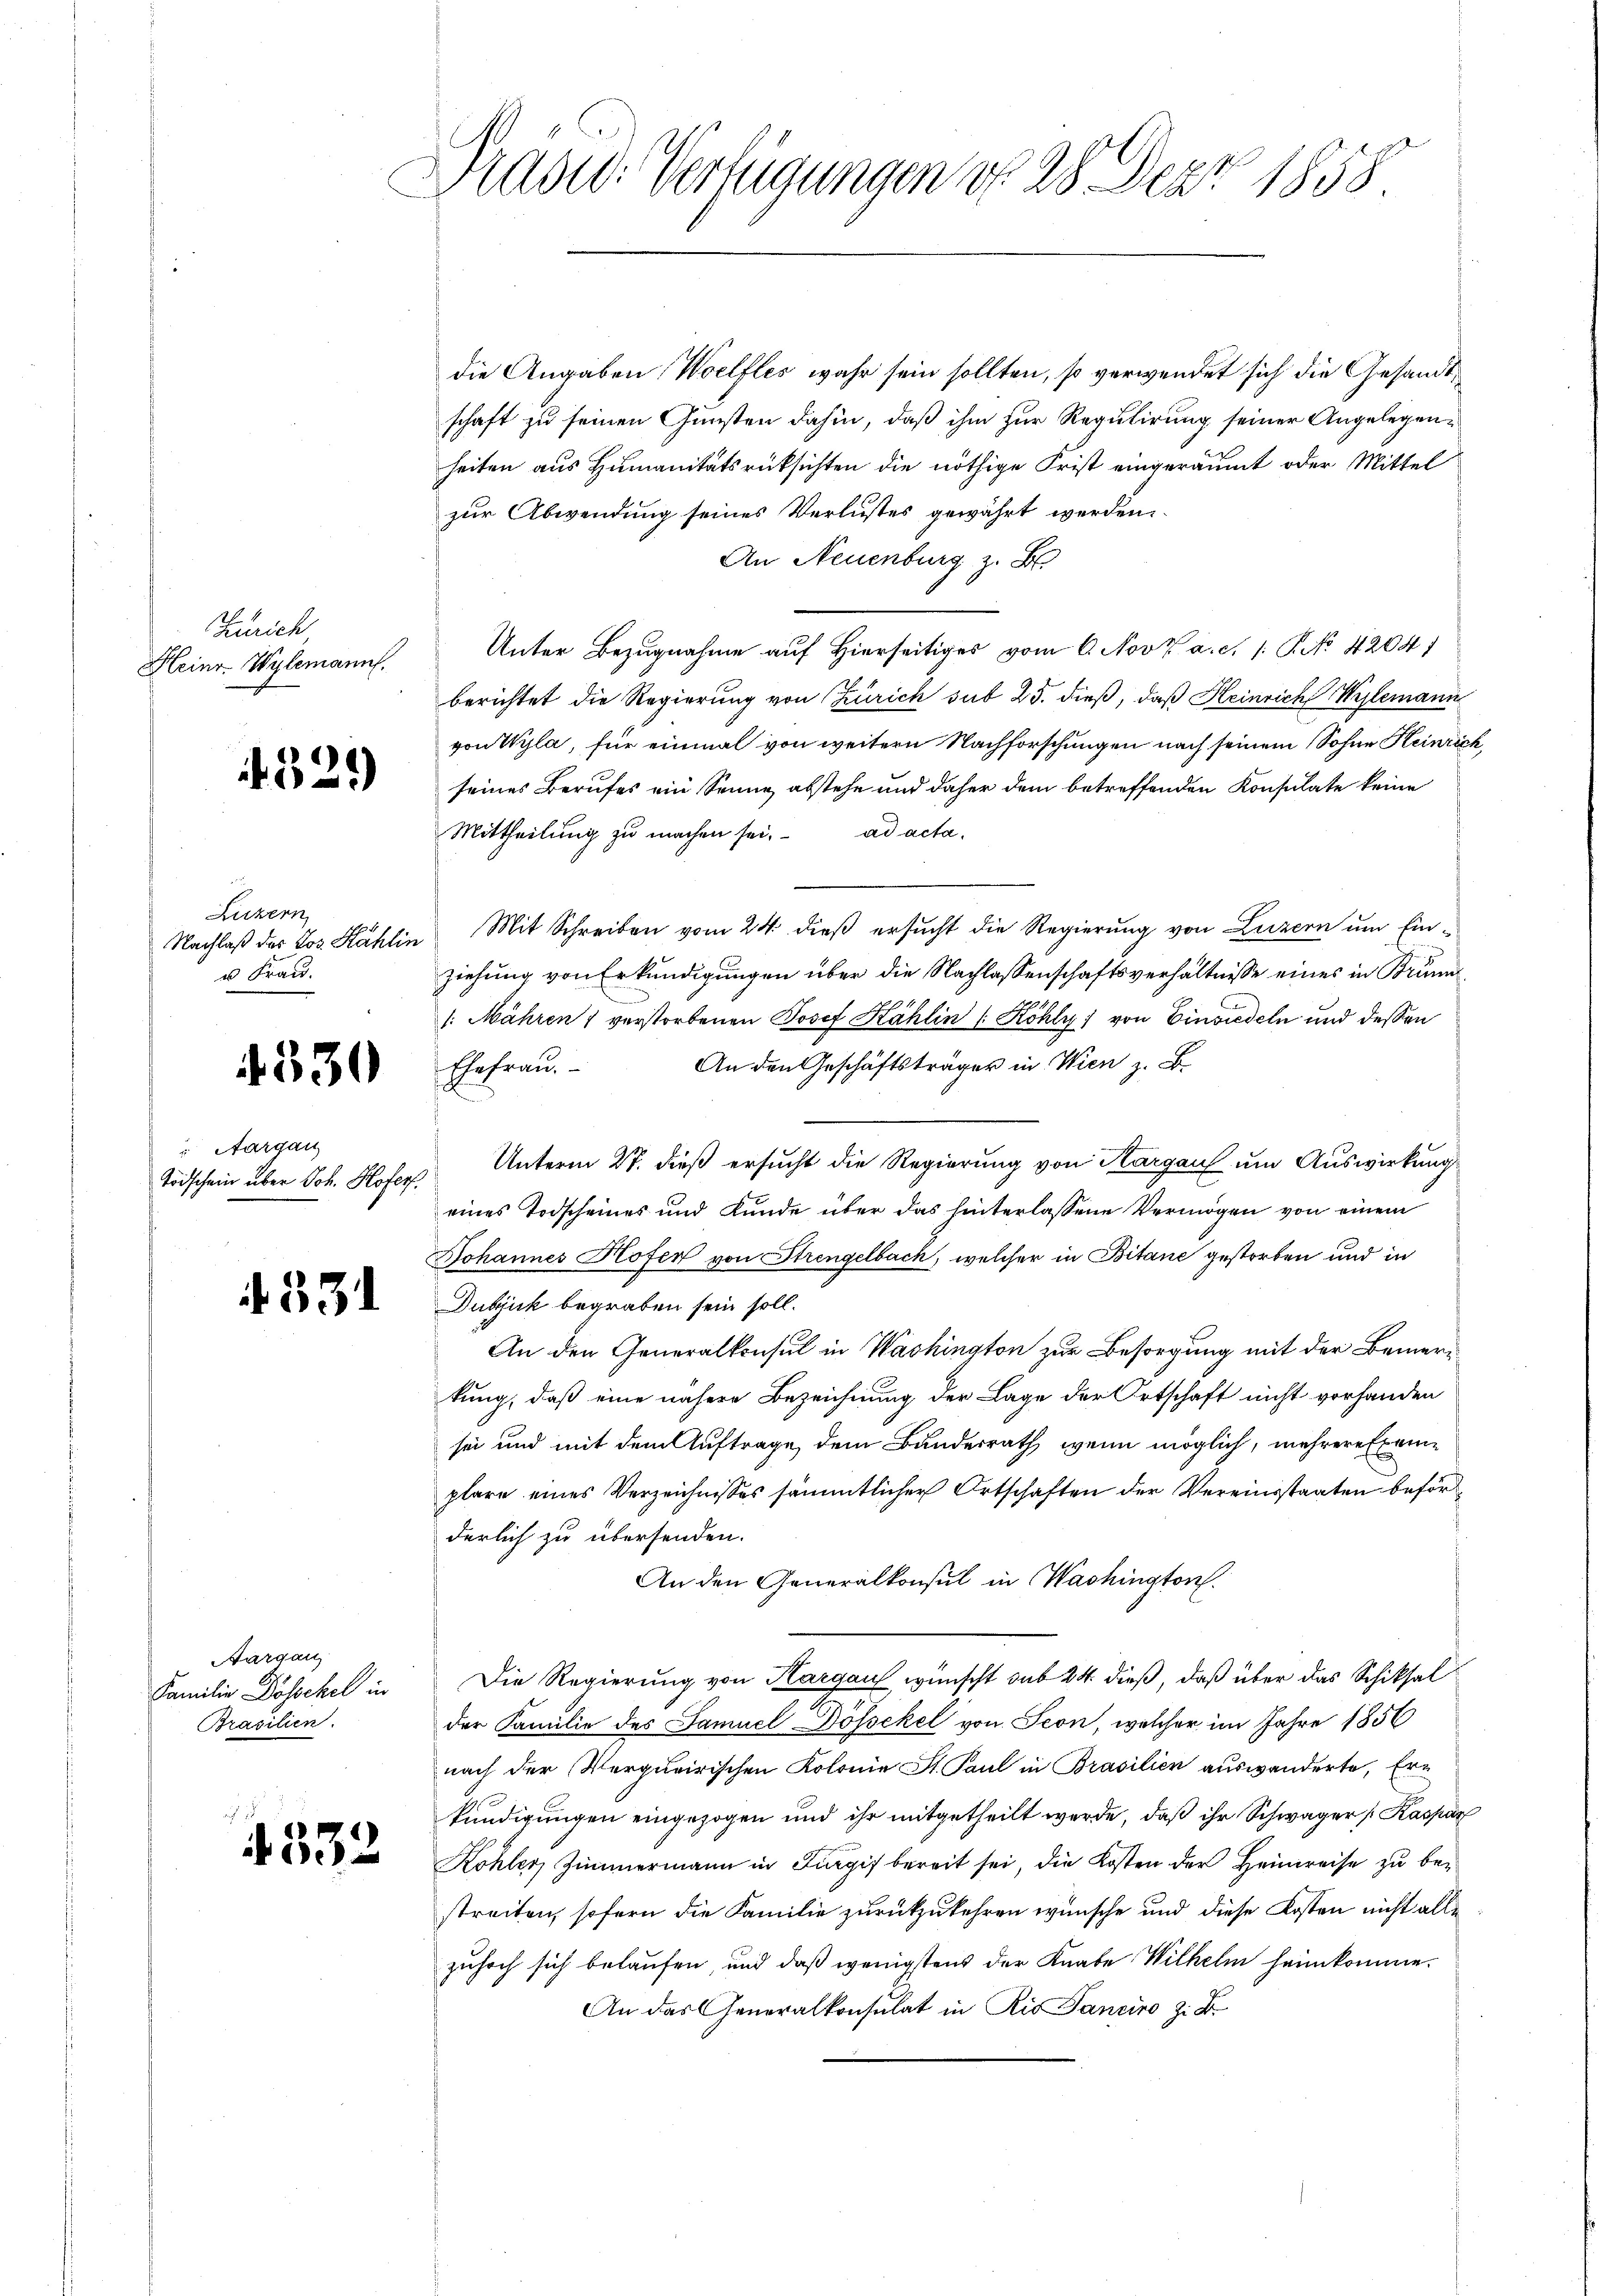
Zürich
Heinr. Wylemann.

f529)

Luvern
Nachlaß des Los. Kahlin
u Frau.

4330

Aargau
Todschein über Joh. Hofes

f. 331

Aargau
Familie Dosschel in
Brasilien.

4332

Präsid. Verfügungen vf 28 Dez. 1858

die Angaben Woelfles wahr sein sollten, so verwendet sich die Gesandtschaft zu seinen Gunsten dahin, daß ihm zur Regulirung seiner Angelegenheiten aus Humanitätsrücksichten die nöthige Frist eingeräumt oder Mittel
zur Abwendung seines Verlustes gewährt werden
An Neuenburg z. B.
Unter Bezugnahme auf Hierseitiges vom 6. Nov. a. c. 1 P. No 42041
berichtet die Regierung von Zürich sub 25. dieß, daß Heinrich Wylemann
von Wyla, für einmal von weitern Nachforschungen nach seinem Sohne Heinrich,
seines Berufes ein Senne abstehe und daher dem betreffenden Konsulate keine
Mittheilung zu machen sei. ad acta
Mit Schreiben vom 24. dieß ersucht die Regierung von Luzern um Einziehung von Erkundigungen über die Nachlassenschaftsverhältnisse eines in Brun¬
1. Mähren verstorbenen Josef Kählin (Köhly) von Einsiedeln und dessen
An den Geschäftsträger in Wien z. B.
Ehefrau.
Unterm 27. dieß ersucht die Regierung von Thurgau um Auswirkung
eines Todscheines und Kunde über das hinterlassene Vermögen von einem
Johannes Hofer von Strengelbach, welcher in Bitane gestorben und in
Dubick begraben sein soll.
An den Generalkonsul in Washington zur Besorgung mit der Bemerkung, daß eine nähere Bezeichnung der Lage der Ortschaft nicht vorhanden
sei und mit dem Auftrage dem Bundesrath wenn möglich, mehrere Exemplare eines Verzeichnisses sämmtlicher Ortschaften der Vereinsstaaten beförderlich zu übersenden.
An den Generalkonsul in Washington.
Die Regierung von Hargau wünscht sub 24 dieß, daß über das Schiksal
der Familie des Samuel Dösockel von Seon, welcher im Jahre 1856
nach der Verqueirischen Kolonie St. Paul in Brasilien auswanderte, Erkündigungen eingezogen und ihr mitgetheilt werde, daß ihr Schwager [Kaspar
Kohler, Zimmermann in Zügis bereit sei, die Kosten der Heimreise zu bestreiten, sofern die Familie zurückzukehren wünsche und diese Kosten nicht alle
zuhoch sich belaufen und daß wenigstens der Knabe Wilhelm heimkomme.
An das Generalkonsulat in Rio Sanciro z. B.